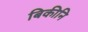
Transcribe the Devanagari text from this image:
बिकीनि